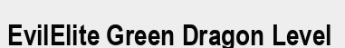
EvilElite Green Dragon Level